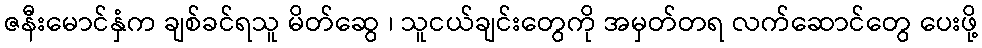
ဇနီးမောင်နှံက ချစ်ခင်ရသူ မိတ်ဆွေ ၊ သူငယ်ချင်းတွေကို အမှတ်တရ လက်ဆောင်တွေ ပေးဖို့